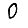
Digit: 0